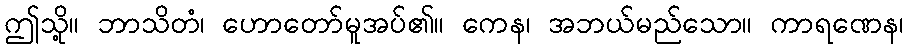
ဤသို့။ ဘာသိတံ၊ ဟောတော်မူအပ်၏။ ကေန၊ အဘယ်မည်သော။ ကာရဏေန၊